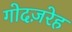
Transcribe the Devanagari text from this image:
गोदज़रेह